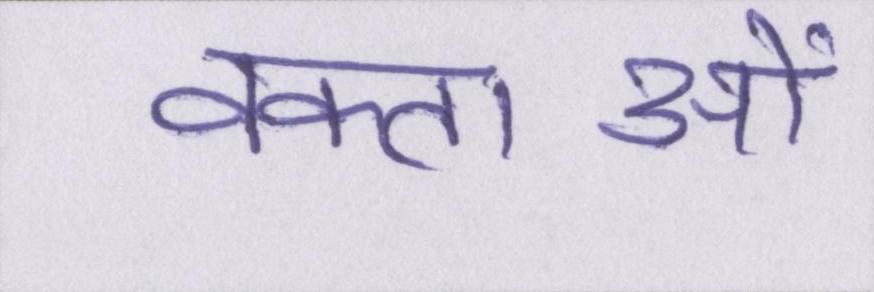
वक्ताओं